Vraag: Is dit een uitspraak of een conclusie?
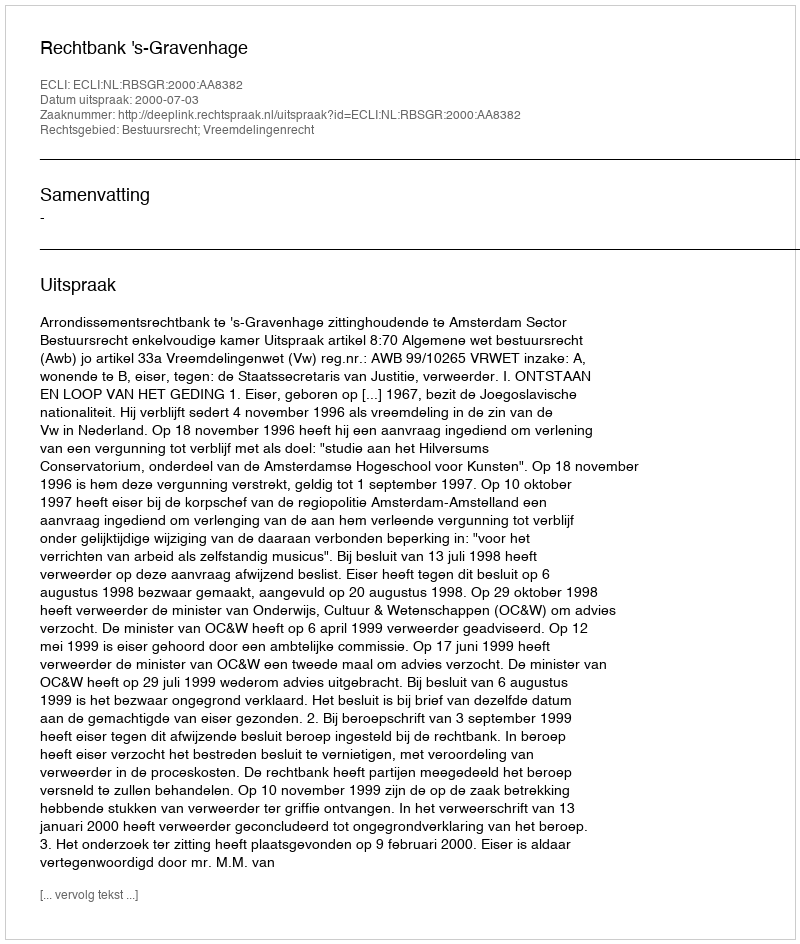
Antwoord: Uitspraak